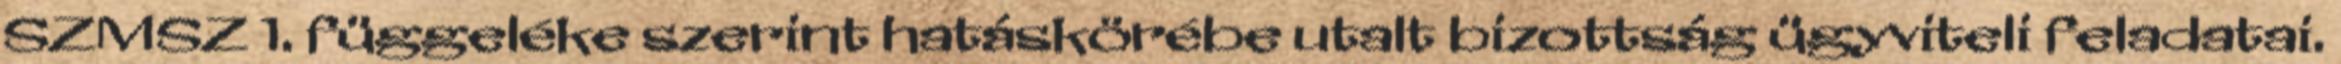
SZMSZ 1. függeléke szerint hatáskörébe utalt bizottság ügyviteli feladatai.